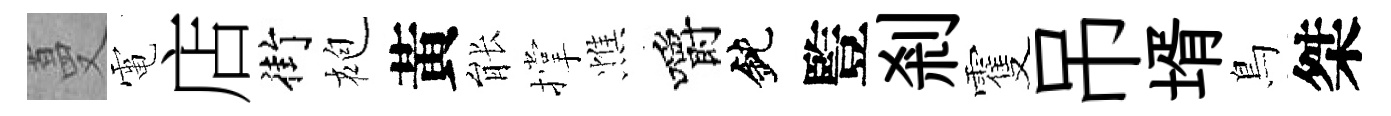
蔓電店街袍黃䏻撑憔嚼鈍䜿剎䨥吊壻鳥桀